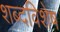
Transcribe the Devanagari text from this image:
शब्दविशेष